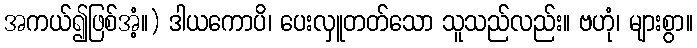
အကယ်၍ဖြစ်အံ့။) ဒါယကောပိ၊ ပေးလှူတတ်သော သူသည်လည်း။ ဗဟုံ၊ များစွာ။